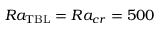
R a _ { \mathrm { T B L } } = R a _ { c r } = 5 0 0